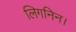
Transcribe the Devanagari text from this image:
लिगनिन।